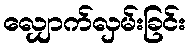
လျှောက်လှမ်းခြင်း